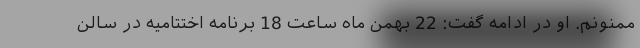
ممنونم. او در ادامه گفت: 22 بهمن ماه ساعت 18 برنامه اختتامیه در سالن